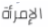
الإمرأة